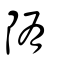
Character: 陏